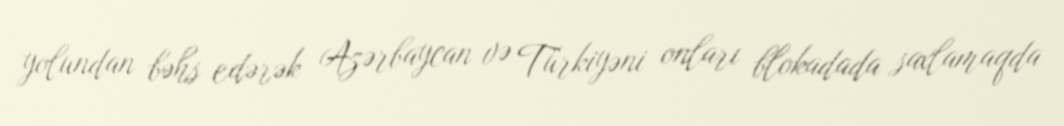
yolundan bəhs edərək Azərbaycan və Türkiyəni onları blokadada saxlamaqda